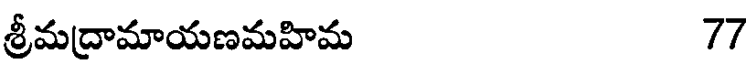
శ్రీమద్రామాయణమహిమ 77